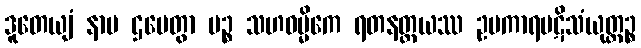
ဒူတေယျံ နာမ ဌပေတွာ ပဉ္စ သဟဓမ္မိကေ ရတနတ္တယဿ ဥပကာရပဋိသံယုတ္တဉ္စ